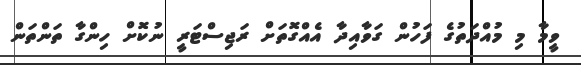
ވީމާ މި މުއްދަތުގެ ފަހުން ގަވާއިދާ އެއްގޮތަށް ރަޖިސްޓަރީ ނުކޮށް ހިންގާ ތަންތަން